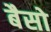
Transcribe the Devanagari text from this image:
बैसो